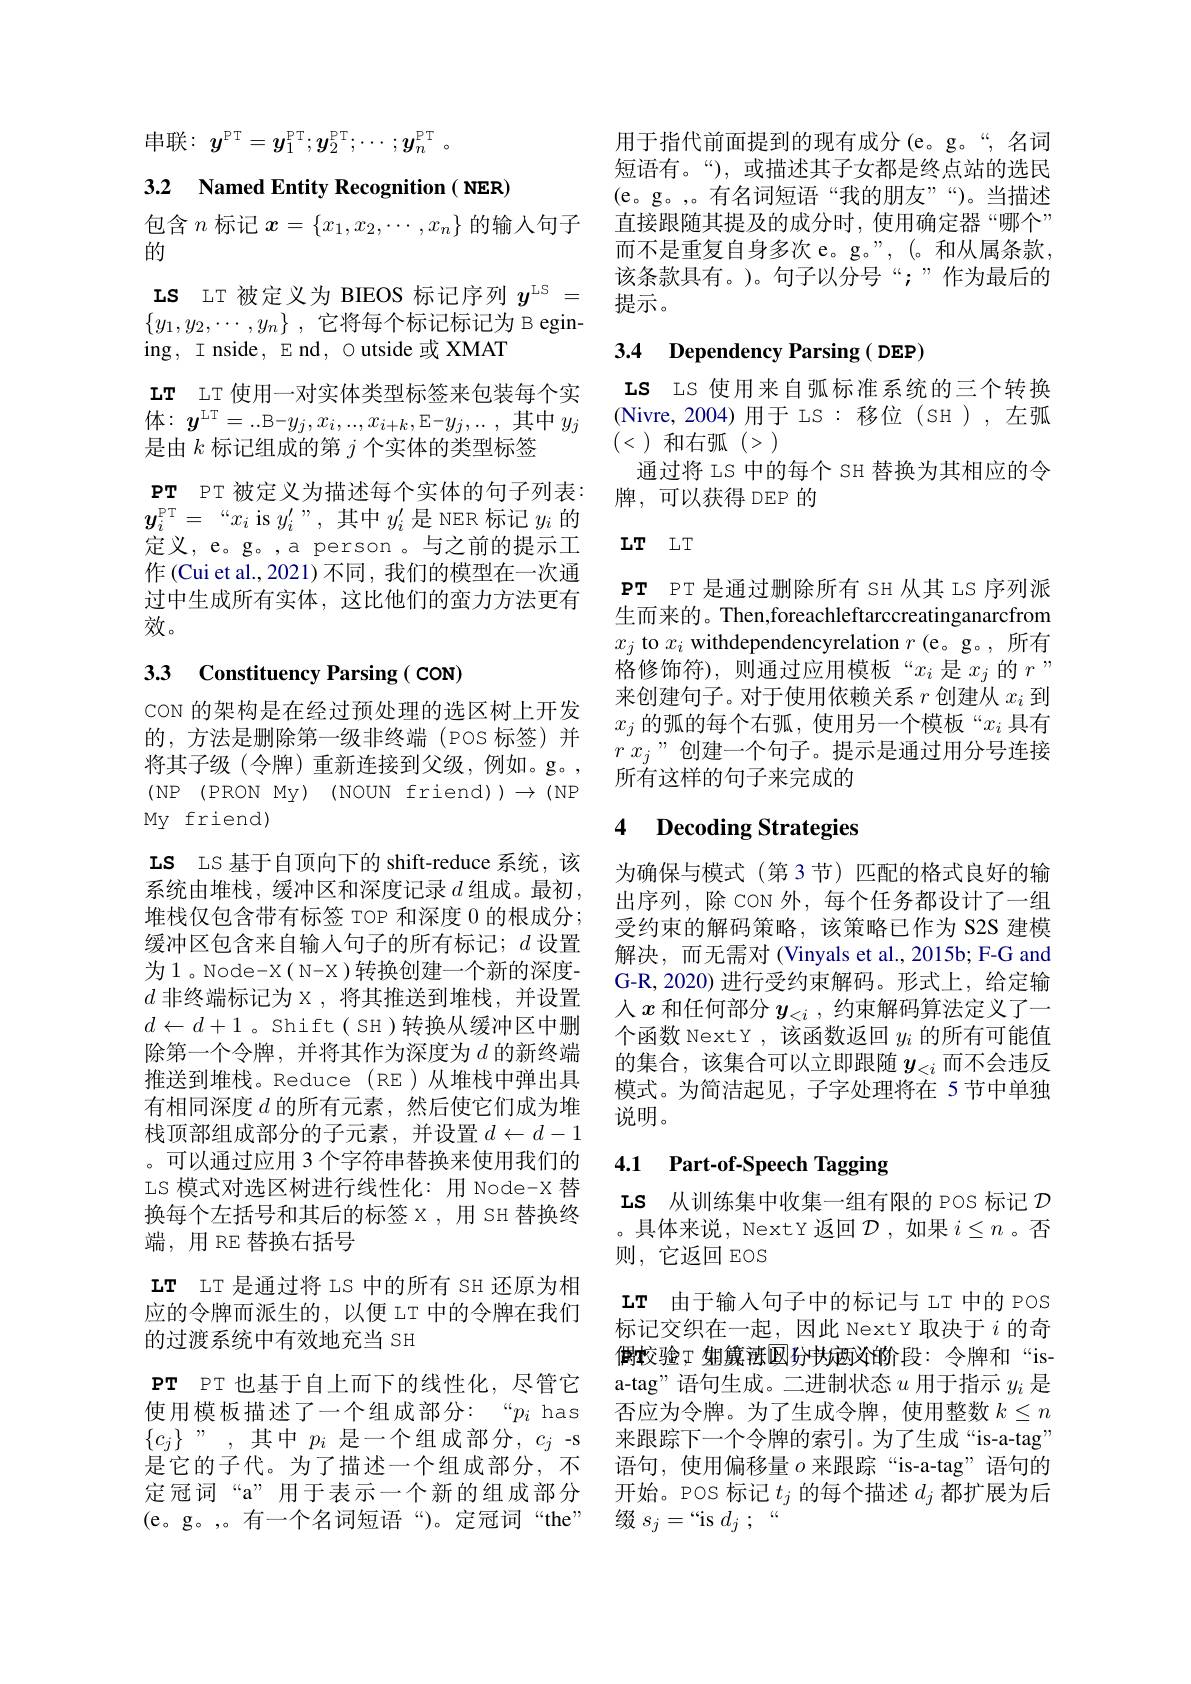
串联：$y^\mathrm{PT}=\boldsymbol{y}_1^\mathrm{PT};\boldsymbol{y}_2^\mathrm{PT};\cdots;\boldsymbol{y}_n^\mathrm{PT}$ 。

3.2 Named Entity Recognition( NER)

包含$n$标记$x=\{x_1,x_2,\cdots,x_n\}$的输入句子
的
IS LT 被定义为 BIEOS 标记序列$y^\mathrm{LS}=$ $\{ y_1, y_2, \cdots , y_n\}$ ,它将每个标记标记为 B egining, I nside, E nd , O utside 或 XMAT
LT LT 使用一对实体类型标签来包装每个实
体：$\boldsymbol{y}^\mathrm{LT}=..$B$-y_j,x_i,...,x_{i+k}$,E$-y_j,...$,其中$y_j$ (Nivre,2004)用于 LS:移位 (SH),左弧
是由$k$标记组成的第$j$个实体的类型标签
$\mathbf{PT}$ PT 被定义为描述每个实体的句子列表： $\boldsymbol{y}_i^\mathrm{PT}=~“x_i$ is $y_i^\prime$”,其中$y_i^\prime$是 NER 标记$y_i$的定义，e。g。,a person 。与之前的提示工作(Cui et al., 2021) 不同 , 我们的模型在一次通过中生成所有实体，这比他们的蛮力方法更有效。

# 3.3 Constituency Parsing ( CON)

CON 的架构是在经过预处理的选区树上开发的，方法是删除第一级非终端(POS 标签)并将其子级(令牌)重新连接到父级，例如。g。, (NP(PRONMy)(NOUN friend$))\to($NP My friend)

IS LS 基于自顶向下的 shift-reduce 系统，该系统由堆栈，缓冲区和深度记录 $d$ 组成。最初， 堆栈仅包含带有标签 TOP 和深度 0 的根成分； 缓冲区包含来自输入句子的所有标记；$d$设置为1。Node-X( N-X)转换创建一个新的深度- $d$非终端标记为 x ,将其推送到堆栈，并设置$d\leftarrow d+1$。Shift( SH)转换从缓冲区中删除第一个令牌，并将其作为深度为$d$ 的新终端推送到堆栈。Reduce(RE)从堆栈中弹出具有相同深度$d$的所有元素，然后使它们成为堆栈顶部组成部分的子元素，并设置$d\leftarrow d-1$ 。可以通过应用 3 个字符串替换来使用我们的LS 模式对选区树进行线性化：用 Node-X 替换每个左括号和其后的标签X，用 SH 替换终端，用 RE 替换右括号
LT LT 是通过将 LS 中的所有 SH 还原为相应的令牌而派生的，以便 LT 中的令牌在我们的过渡系统中有效地充当 SH

$PT$ $PT$也基于自上而下的线性化，尽管它

用于指代前面提到的现有成分(e。g。“,名词短语有。“),或描述其子女都是终点站的选民(e。g。,。有名词短语“我的朋友””)。当描述直接跟随其提及的成分时，使用确定器“哪个” 而不是重复自身多次 e。g。”,(。和从属条款， 该条款具有。)。句子以分号“;”作为最后的提示。

## 3.4 Dependency Parsing( DEP)

IS LS 使用来自弧标准系统的三个转换
(<)和右弧(>)
通过将 LS 中的每个 SH 替换为其相应的令
牌，可以获得 DEP 的

## $LT$ $LT$

$\mathbf{PT}$ PT 是通过删除所有 SH 从其 LS 序列派生而来的。Then,foreachleftarccreatinganarcfrom $x_j$ to $x_i$ withdependencyrelation $r$ (e。g。,所有格修饰符),则通过应用模板“$x_i$是$x_j$的$r”$ 来创建句子。对于使用依赖关系$r$创建从$x_i$到$x_j$的弧的每个右弧，使用另一个模板“$x_i$具有$r$ $x_j$”创建一个句子。提示是通过用分号连接所有这样的句子来完成的

### 4 $\textbf{Decoding Strategies}$

为确保与模式(第3节)匹配的格式良好的输出序列，除 CON 外，每个任务都设计了一组受约束的解码策略，该策略已作为 S2S 建模解决，而无需对(Vinyals et al.,2015b; F-G and G-R,2020) 进行受约束解码。形式上，给定输人$x$和任何部分$y_<i$,约束解码算法定义了一个函数 NextY ,该函数返回$y_i$的所有可能值的集合，该集合可以立即跟随$y_{<i}$而不会违反模式。为简洁起见，子字处理将在 5 节中单独说明。

# 4.1 Part-of-Speech Tagging

LS 从训练集中收集一组有限的 POS 标记$\mathcal{D}$ 。具体来说，NextY 返回$\mathcal{D}$ ,如果$i\leq n$ 。否则，它返回 EOS
LT 由于输入句子中的标记与 LT 中的 POS 标记交织在一起，因此 NextY 取决于$i$的奇$\textbf{倒 較 验 ; 姐 }$廉 浊圆分书应交的价段：令牌和“isa-tag" 语句生成。二进制状态$u$用于指示$y_i$是
使用模板描述了一个组成部分：“$p_i$ has 否应为令牌。为了生成令牌，使用整数$k\leq n$ $\{c_j\}$”,其中$p_i$是一个组成部分，$c_j$ -s 来跟踪下一个令牌的索引。为了生成“is-a-tag” 是它的子代。为了描述一个组成部分，不 语句，使用偏移量$o$来跟踪“is-a-tag”语句的定冠词“a”用于表示一个新的组成部分 开始。POS 标记$t_j$的每个描述$d_j$都扩展为后(e。g。,。有一个名词短语“)。定冠词“the” 缀$s_j=“$is $d_j;“$